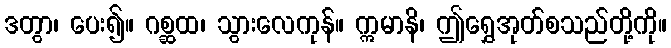
ဒတွာ၊ ပေး၍။ ဂစ္ဆထ၊ သွားလေကုန်။ ဣမာနိ၊ ဤရွှေအုတ်စသည်တို့ကို။